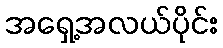
အရှေ့အလယ်ပိုင်း